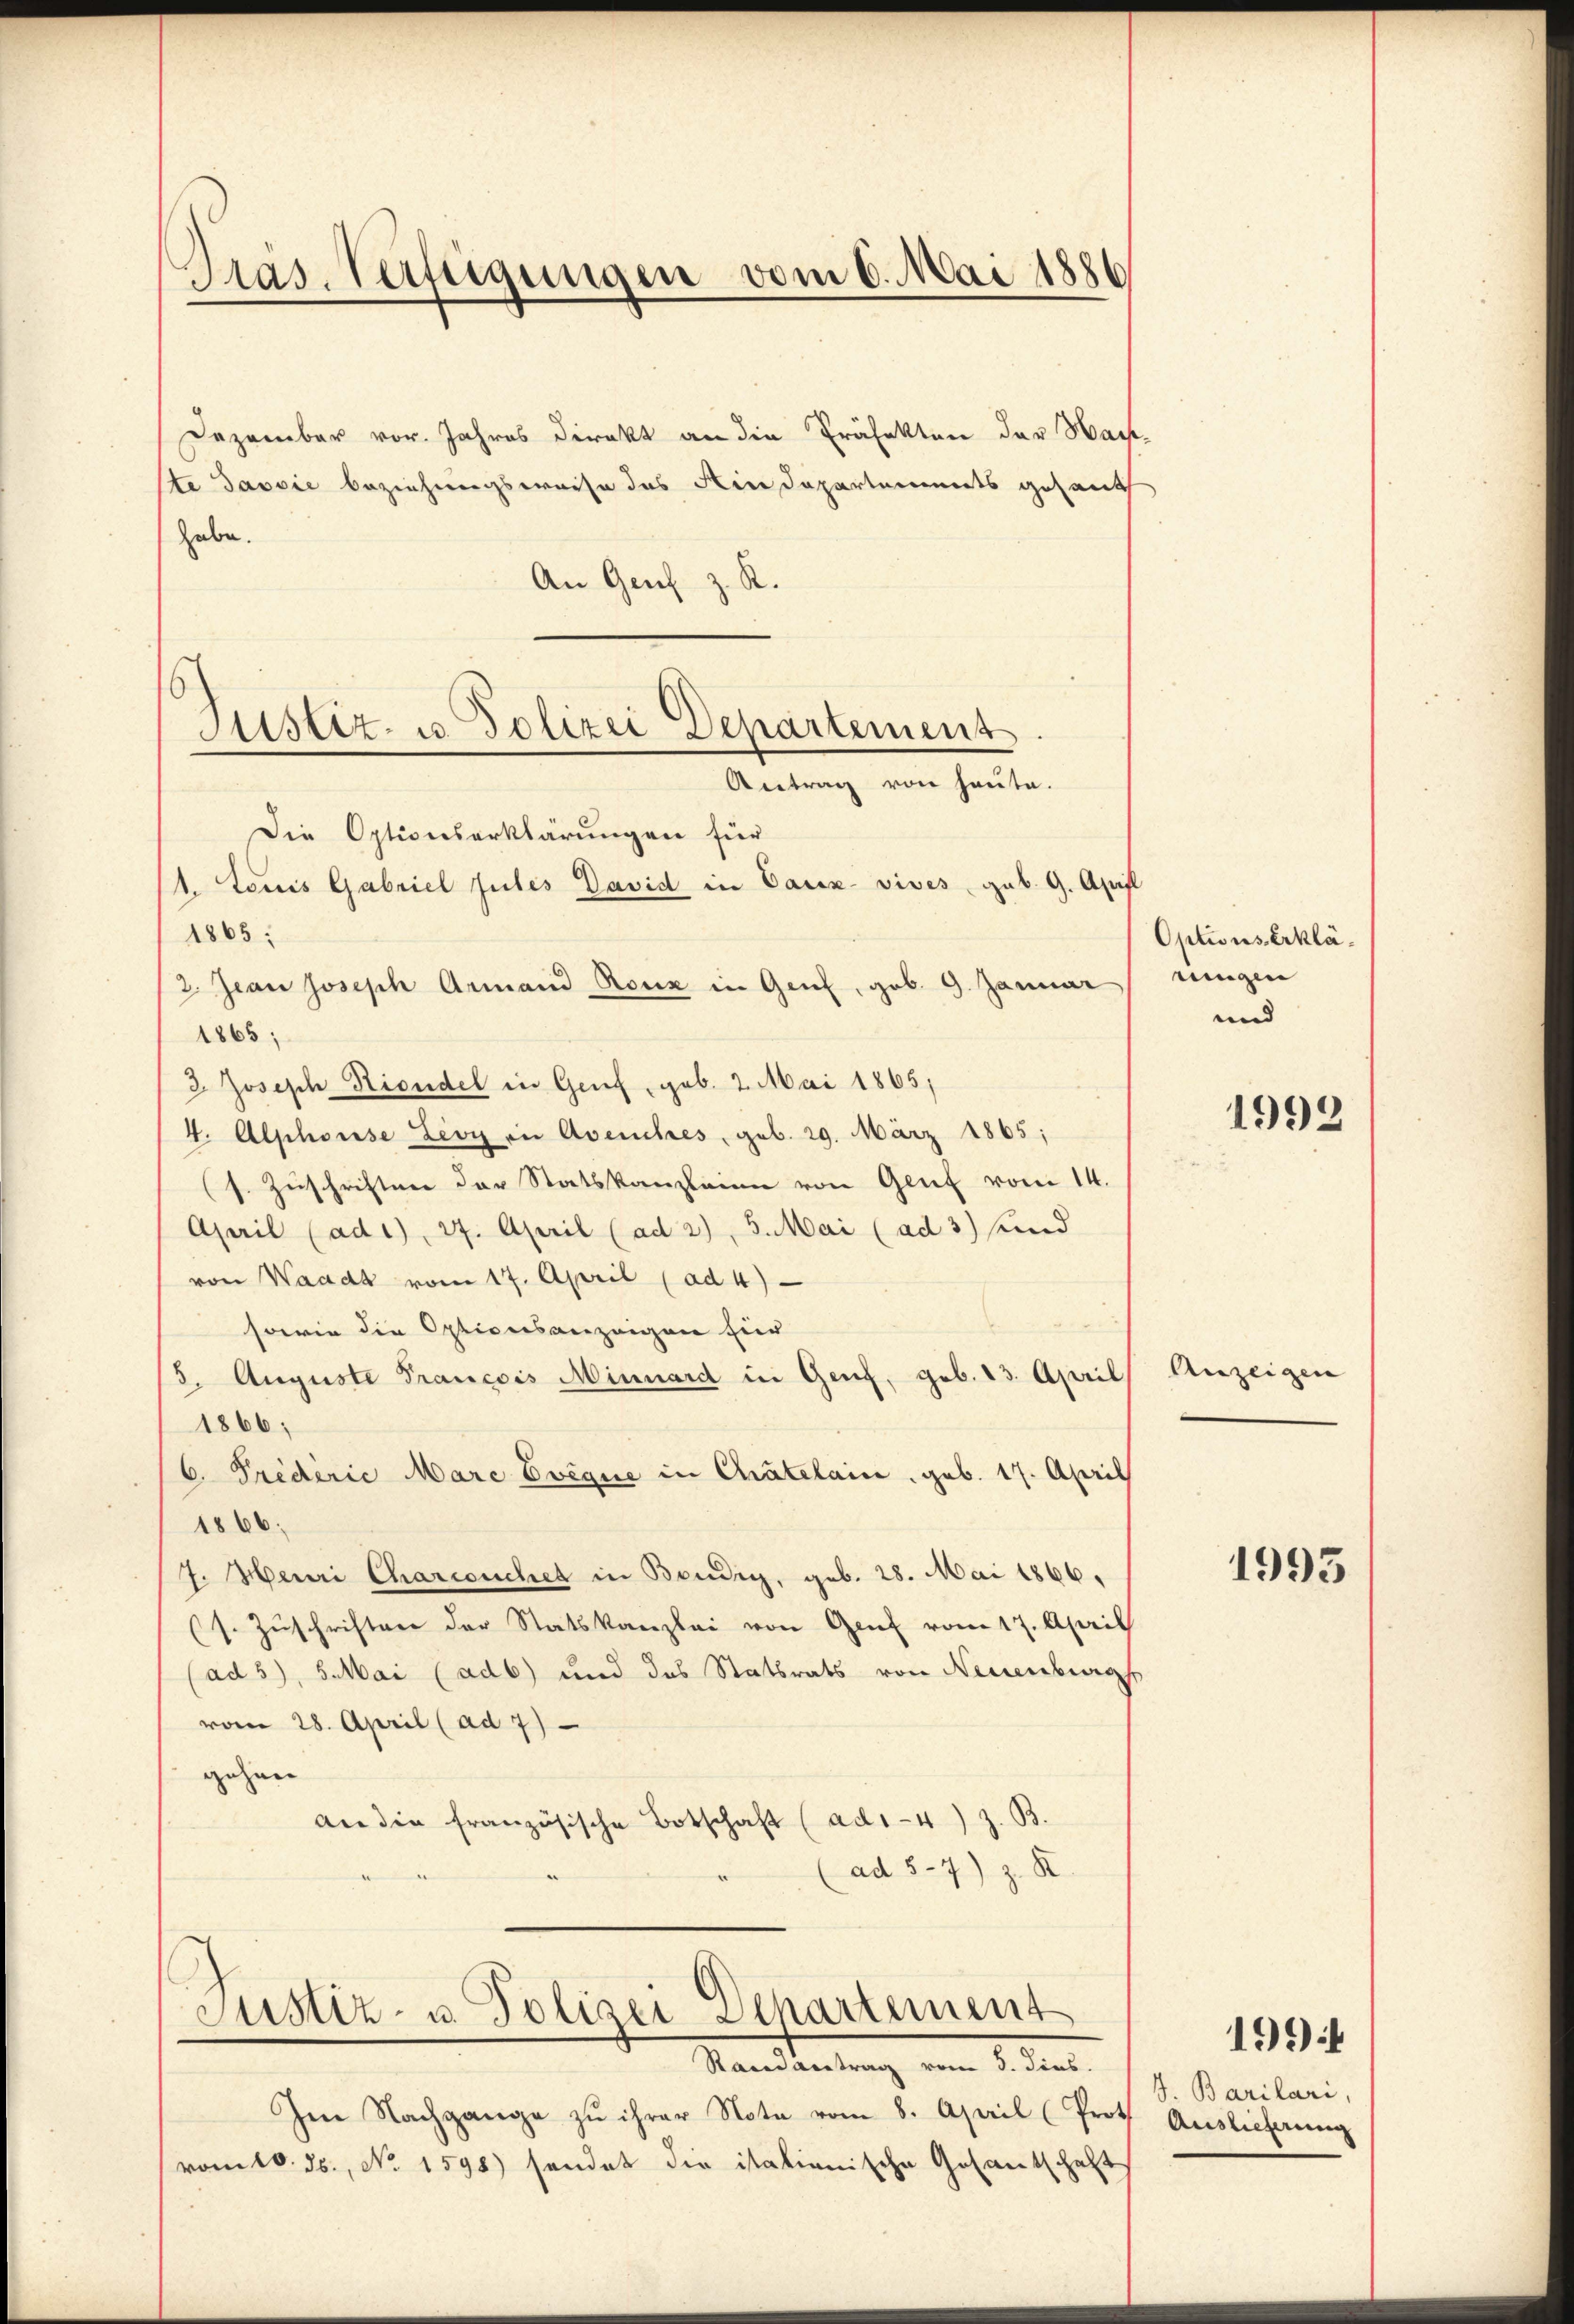
Präs. Verfügungen vom 6. Mai 1886

Dezember vor. Jahres direkt an die Präfekten der Wachste Jaović beziehungsweise des Kindepartements gesandt
habe.
An Genf
A.

Justiz- u. Polizei Departement
Antrag von heute.

Die Optionserklärungen für
1. Louis Gabriel gutes David in Caux- vives geb. 9. Apifl
1865:
2. Jean Joseph Armand Roux in Genf, geb. 9. Januar
1865:
3. Joseph Rioudel in Genf, geb. 2. Mai 1865;
4. Alphorise Levy in Avenches, geb. 29. März 1865:
(s. Zuschriften der Statskanzleine von Genf vom 14.
April (ad1), 27. April (ad 2), 5. Mai (ad 3) und
von Waadt vom 17. April (ad 4)
sowie die Optionsanzeigen für
5. Auguste Prancois Minnard in Genf, geb. 13. April
1866;
6. Predirie Marc Evéque in Chatelain, geb. 17. April
1866.
J. Henri Charceuches in Bendig, geb. 28. Mai 1866.
(s. Zŭschriften der Statskanzlei von Genf vom 17. April
(ad 5), 5. Mai (adb) und das Statsrats von Neuenburg
vom 28. April (ad 7)
gehen
an die französische Botschaft (ad1-4) z. B.
(ad 5-7) z. R

Justiz- u. Polizei Departement
Raine antrag vom 5. dies

Im Nachgange zu ihrer Note vom 8. April (Prot
vom 18. ds., No. 1598) sendet die istationische Gesantschaft

Options Erkläringen
und

1993

Anzeigen

1995

J. Barilari,
Auslieferung

1994